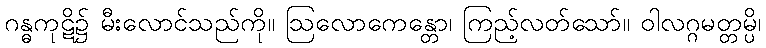
ဂန္ဓကုဋိ၌ မီးလောင်သည်ကို။ ဩလောကေန္တော၊ ကြည့်လတ်သော်။ ဝါလဂ္ဂမတ္တမ္ပိ၊